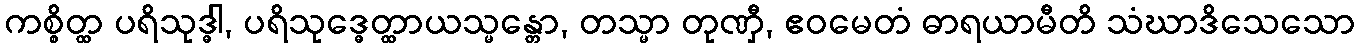
ကစ္စိတ္ထ ပရိသုဒ္ဓါ, ပရိသုဒ္ဓေတ္ထာယသ္မန္တော, တသ္မာ တုဏှီ, ဧဝမေတံ ဓာရယာမီတိ သံဃာဒိသေသော